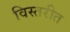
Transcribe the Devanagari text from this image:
विस्तरीत